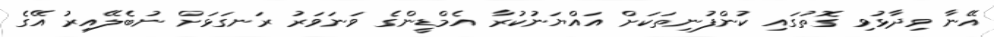
އޭނާ ވިދާޅުވި ގޮތުގައި ކުންފުނިތަކަށް އައްޔަނުކުރާ އެމްޑީންގެ ވަނަވަރު ރަނގަޅަށް ނުބެލޭއިރު އޭގެ